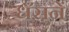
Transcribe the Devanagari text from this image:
धँसनें